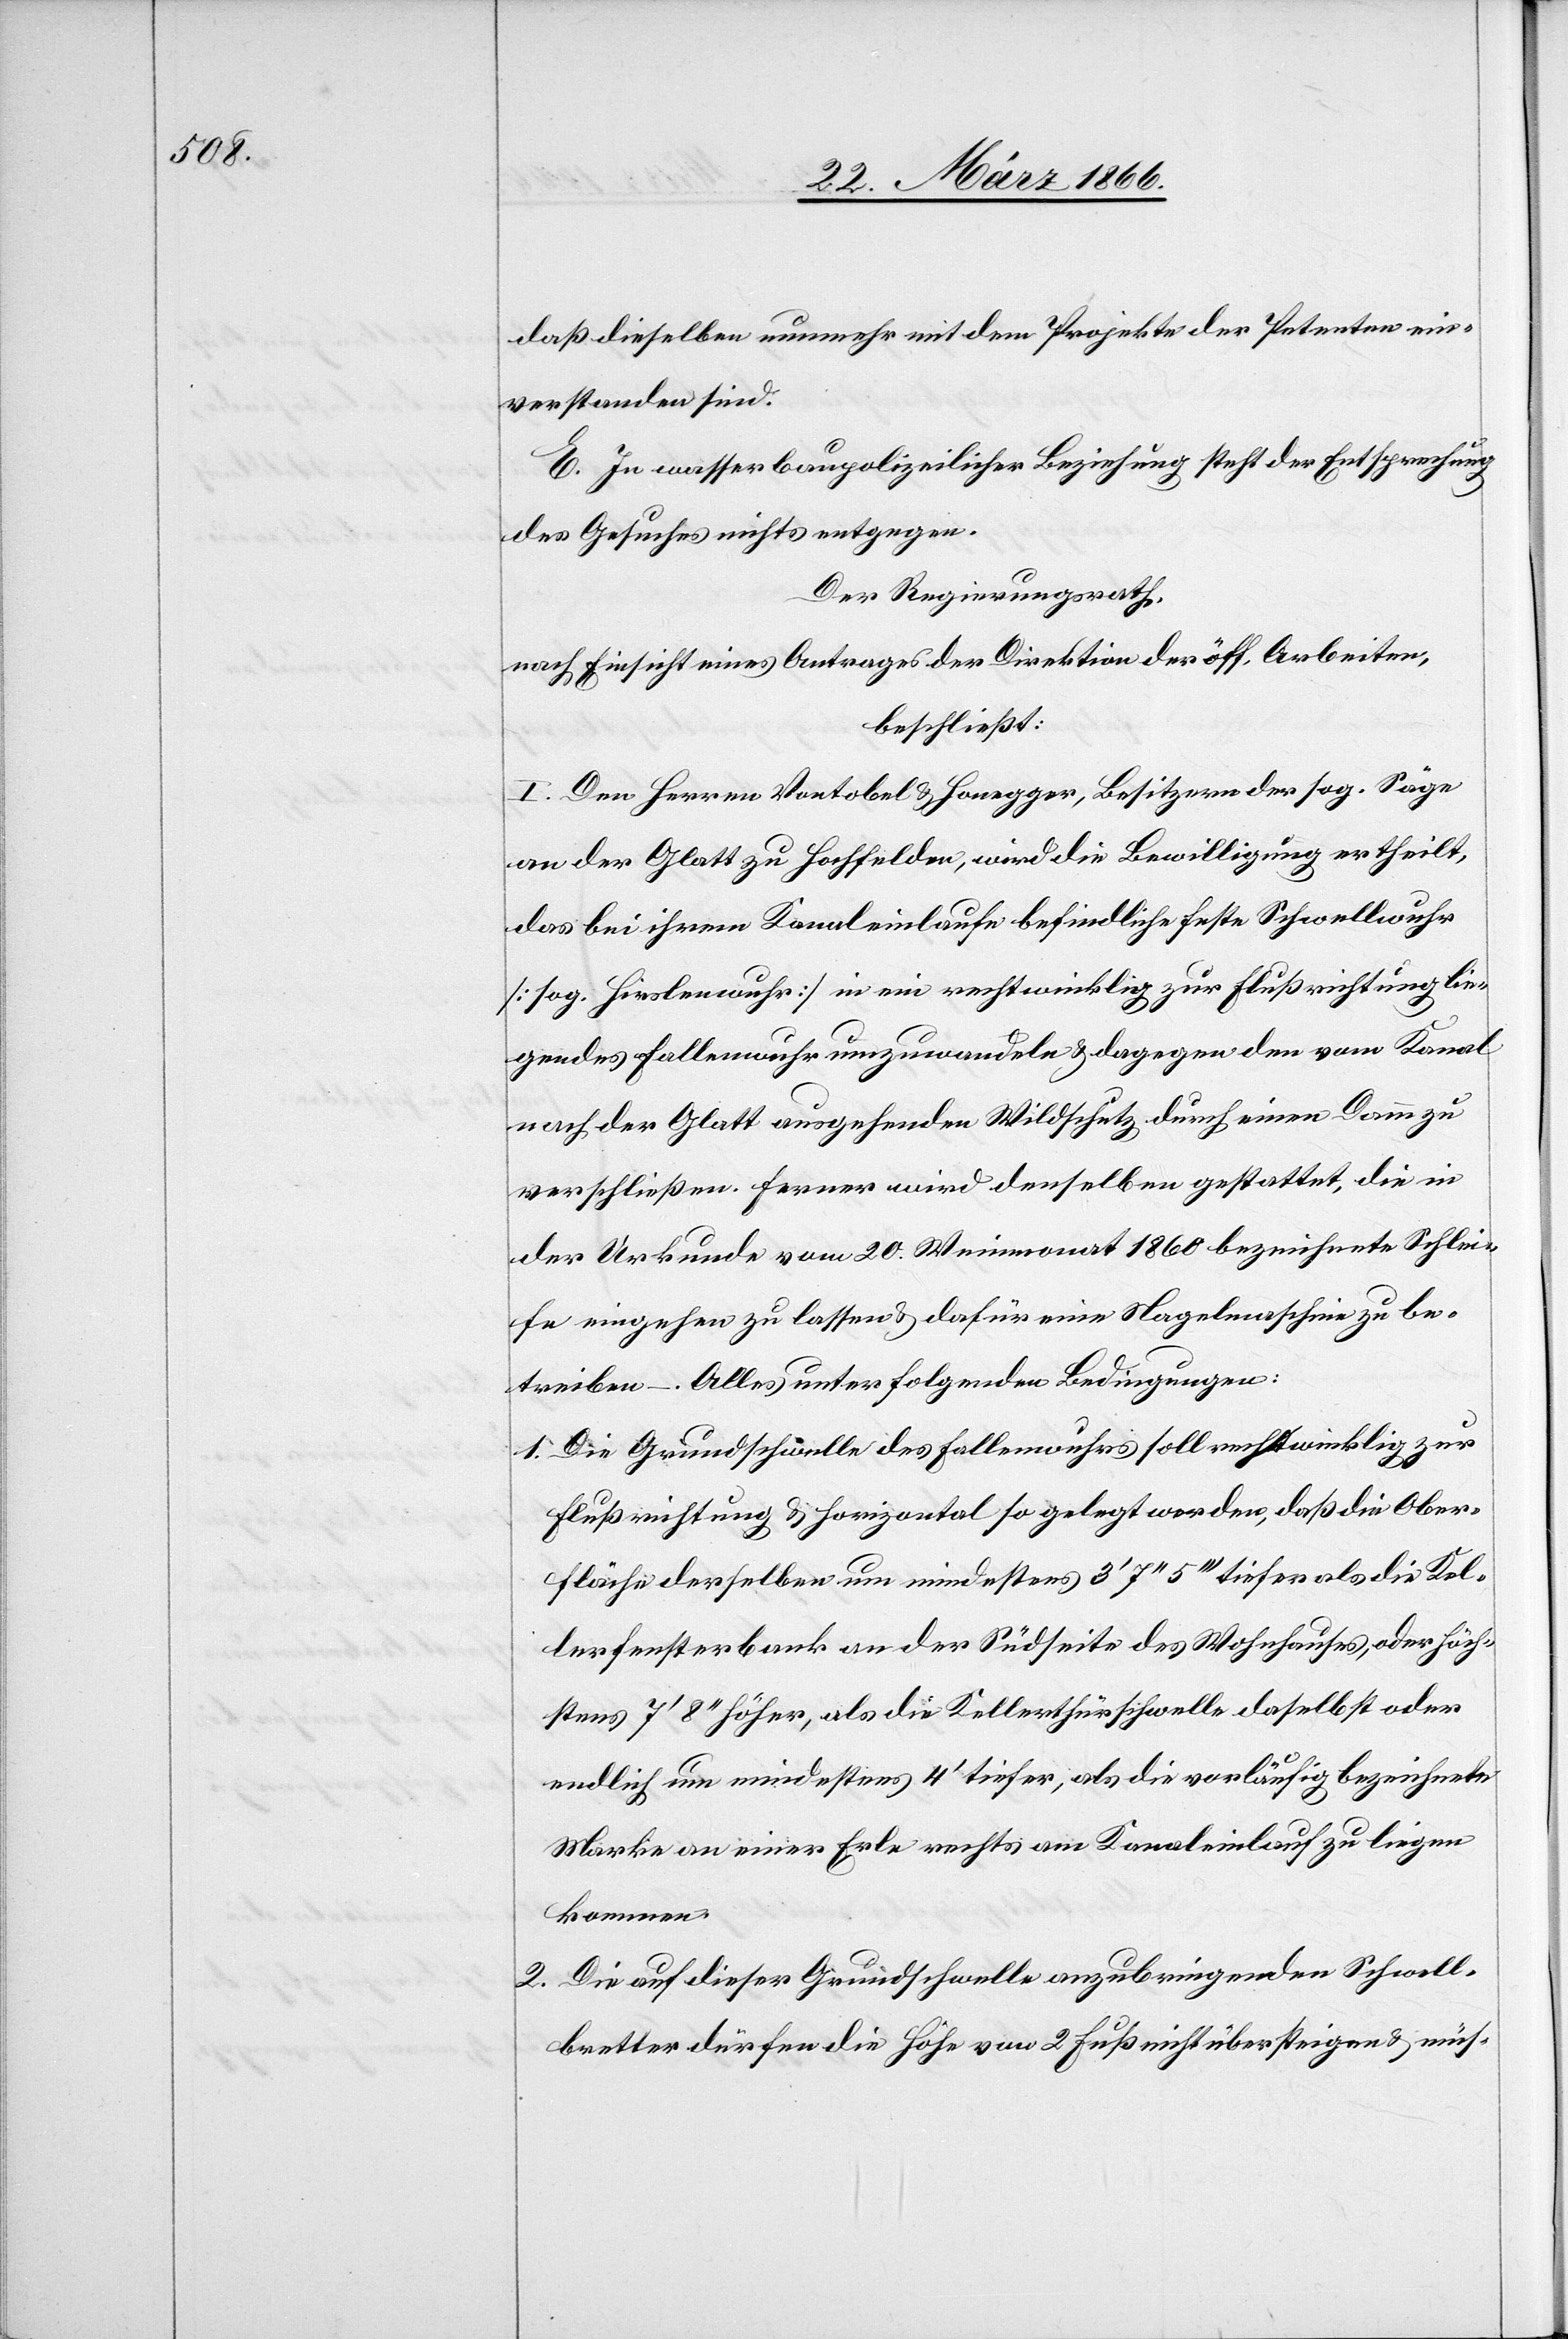
daß dieselben nunmehr mit dem Projekte der Petenten ein¬
verstanden sind.
E. In wasserbaupolizeilicher Beziehung steht der Entsprechung
des Gesuches nichts entgegen.
Der Regierungsrath,
nach Einsicht eines Antrages der Direktion der öff. Arbeiten,
beschließt:
I. Den Herren Vontobel u. Honegger, Besitzern der sog. Säge
an der Glatt zu Hochfelden, wird die Bewilligung ertheilt,
das bei ihrem Kanaleinlaufe befindliche Schwellwuhr
[sog. Hirslenwuhr] in ein rechtwinklig zur Flußrichtung lie¬
gendes Fallenwuhr umzuwandeln u. dagegen den vom Kanal
nach der Glatt ausgehenden Wildschutz durch einen Damm zu
verschließen. Ferner wird derselben gestattet, die in
der Urkunde vom 20. Weinmonat 1860 bezeichnete Schle¬
ife eingehen zu lassen u. dafür eine Nagelmaschine zu be¬
treiben –. Alles unter folgenden Bedingungen:
1. Die Grundschwelle des Fallenwuhres soll rechtwinklig zur
Flußrichtung u. horizontal so gelegt werden, daß die Ober¬
fläche derselben um mindestens 3‘ 7‘‘ 5‘‘‘tiefer als die Kel¬
lerfensterbank an der Südseite des Wohnhauses, oder höch¬
stens 7‘ 8‘‘ höher, als die Kellerthürschwelle daselbst oder
endlich um mindestens 4‘ tiefer, als die vorläufig bezeichnete
Marke an einer Erle rechts am Kanaleinlauf zu liegen
kommen.
2. Die auf dieser Grundlage anzubringenden Schwell¬
bretter dürfen die Höhe von 2 Fuß nicht übersteigen u. müs-